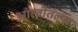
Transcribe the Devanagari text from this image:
आंह्वीतल्या